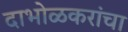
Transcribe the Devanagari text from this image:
दाभोळकरांचा